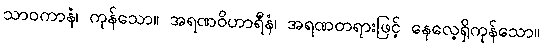
သာဝကာနံ၊ ကုန်သော။ အရဏဝိဟာရီနံ၊ အရဏတရားဖြင့် နေလေ့ရှိကုန်သော။